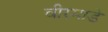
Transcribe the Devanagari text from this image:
वीरमाडे